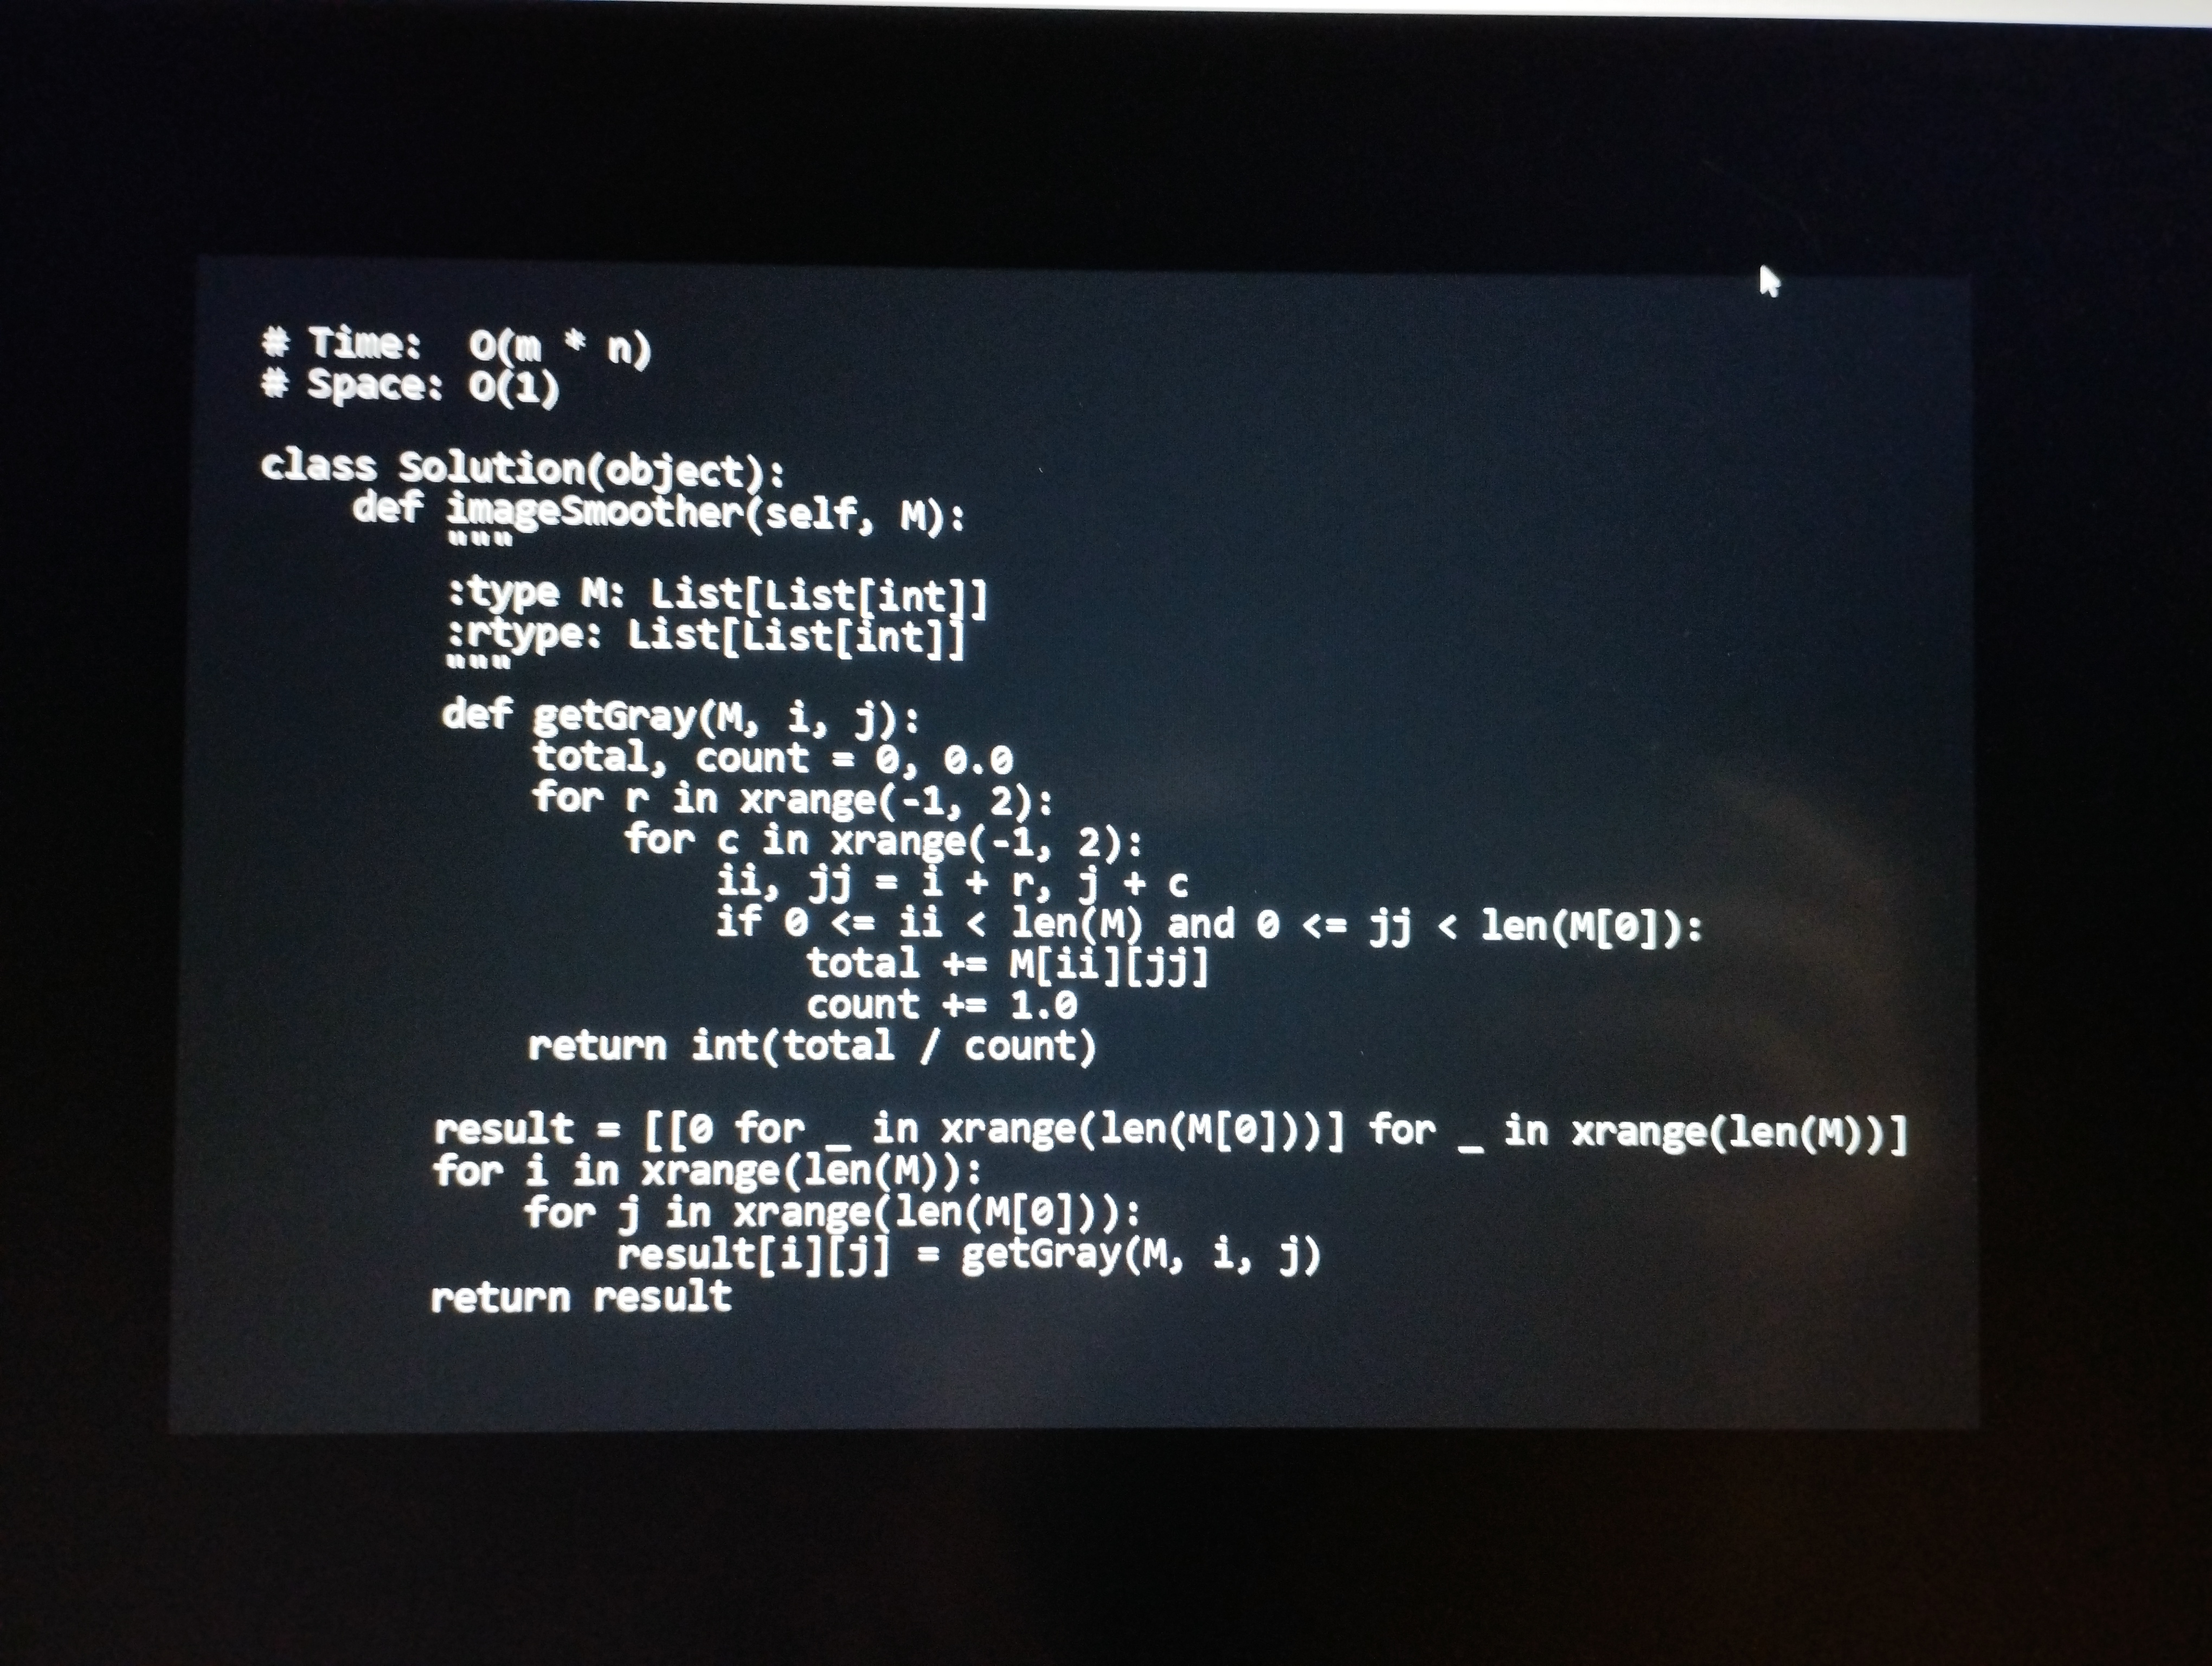
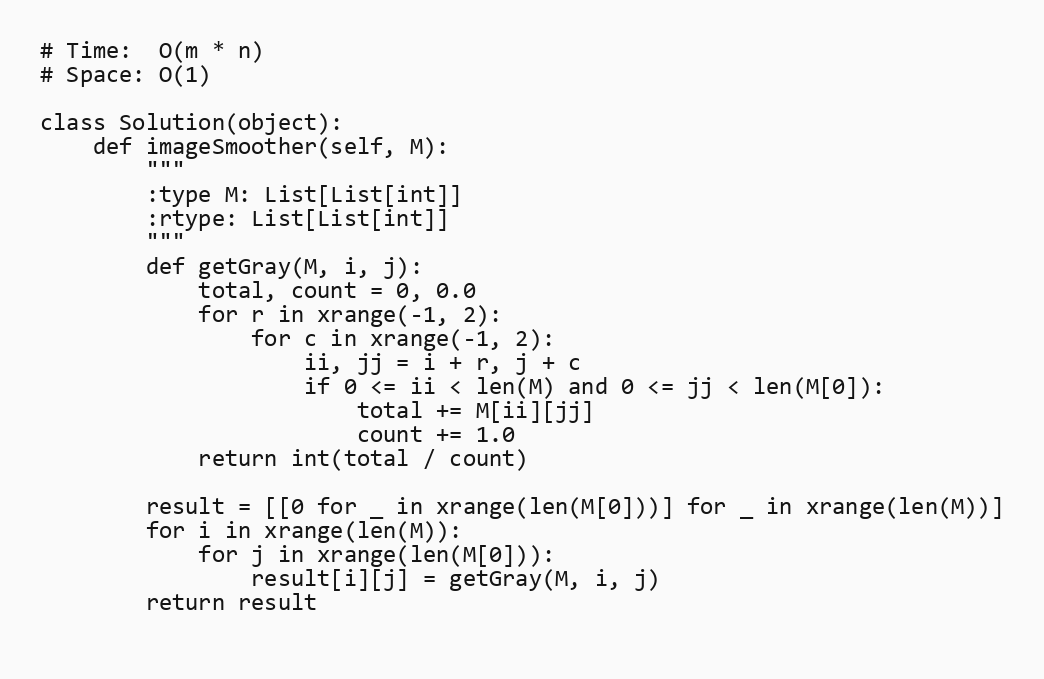
# Time:  O(m * n)
# Space: O(1)

class Solution(object):
    def imageSmoother(self, M):
        """
        :type M: List[List[int]]
        :rtype: List[List[int]]
        """
        def getGray(M, i, j):
            total, count = 0, 0.0
            for r in xrange(-1, 2):
                for c in xrange(-1, 2):
                    ii, jj = i + r, j + c
                    if 0 <= ii < len(M) and 0 <= jj < len(M[0]):
                        total += M[ii][jj]
                        count += 1.0
            return int(total / count)

        result = [[0 for _ in xrange(len(M[0]))] for _ in xrange(len(M))]
        for i in xrange(len(M)):
            for j in xrange(len(M[0])):
                result[i][j] = getGray(M, i, j)
        return result